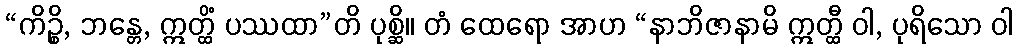
“ကိဉ္စိ, ဘန္တေ, ဣတ္ထိံ ပဿထာ”တိ ပုစ္ဆိ။ တံ ထေရော အာဟ “နာဘိဇာနာမိ ဣတ္ထီ ဝါ, ပုရိသော ဝါ